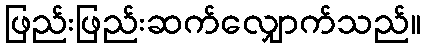
ဖြည်းဖြည်းဆက်လျှောက်သည်။